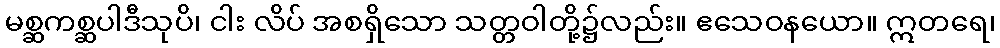
မစ္ဆကစ္ဆပါဒီသုပိ၊ ငါး လိပ် အစရှိသော သတ္တဝါတို့၌လည်း။ ဧသေဝနယော။ ဣတရေ၊